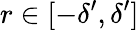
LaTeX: r\in[-\delta^{\prime},\delta^{\prime}]